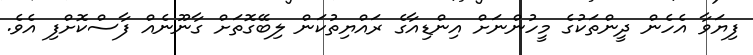
ފިޔަވާ އެހެން ދީންތަކުގެ މީހުންނަށް އިންޑިއާގެ ރައްޔިތުކަން ލިބޭގޮތަށް ގާނޫނެއް ފާސްކޮށްފި އެވެ.